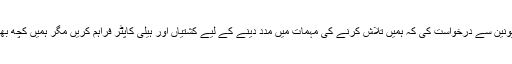
’ہم نے یورپی یونین سے درخواست کی کہ ہمیں تلاش کرنے کی مہمات میں مدد دینے کے لیے کشتیاں اور ہیلی کاپٹر فراہم کریں مگر ہمیں کچھ بھی نہیں ملا ہے۔